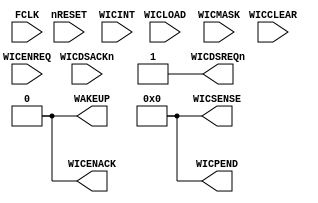
//-----------------------------------------------------------------------------
// The confidential and proprietary information contained in this file may
// only be used by a person authorised under and to the extent permitted
// by a subsisting licensing agreement from ARM Limited.
//
//            (C) COPYRIGHT 2015 ARM Limited or its affiliates.
//                ALL RIGHTS RESERVED
//
// This entire notice must be reproduced on all copies of this file
// and copies of this file may only be made by a person if such person is
// permitted to do so under the terms of a subsisting license agreement
// from ARM Limited.
//
//      SVN Information
//
//      Checked In          : $Date: 2009-03-16 19:48:51 +0000 (Mon, 16 Mar 2009) $
//
//      Revision            : $Revision: 104227 $
//
//      Release Information : Cortex-M0 DesignStart-r1p0-00rel0
//-----------------------------------------------------------------------------

// Purpose : Dummy Cortex-M0 Wake-Up Interrupt Controller
// -----------------------------------------------------------------------------

module cortexm0_wic
   (input         FCLK,
    input         nRESET,
    input         WICLOAD,     // WIC mask load from core
    input         WICCLEAR,    // WIC mask clear from core
    input  [33:0] WICINT,      // Interrupt request from system
    input  [33:0] WICMASK,     // Mask from core
    input         WICENREQ,    // WIC enable request from PMU
    input         WICDSACKn,   // WIC enable ack from core
    output        WAKEUP,      // Wake up request to PMU
    output [33:0] WICSENSE,    //
    output [33:0] WICPEND,     // Pended interrupt request
    output        WICDSREQn,   // WIC enable request to core
    output        WICENACK);   // WIC enable ack to PMU

    assign        WAKEUP     = 1'b0;
    assign        WICSENSE   = 34'h0;
    assign        WICPEND    = 34'h0;
    assign        WICDSREQn  = 1'b1;
    assign        WICENACK   = 1'b0;

endmodule